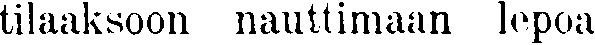
tilaaksoon nauttimaan lepoa